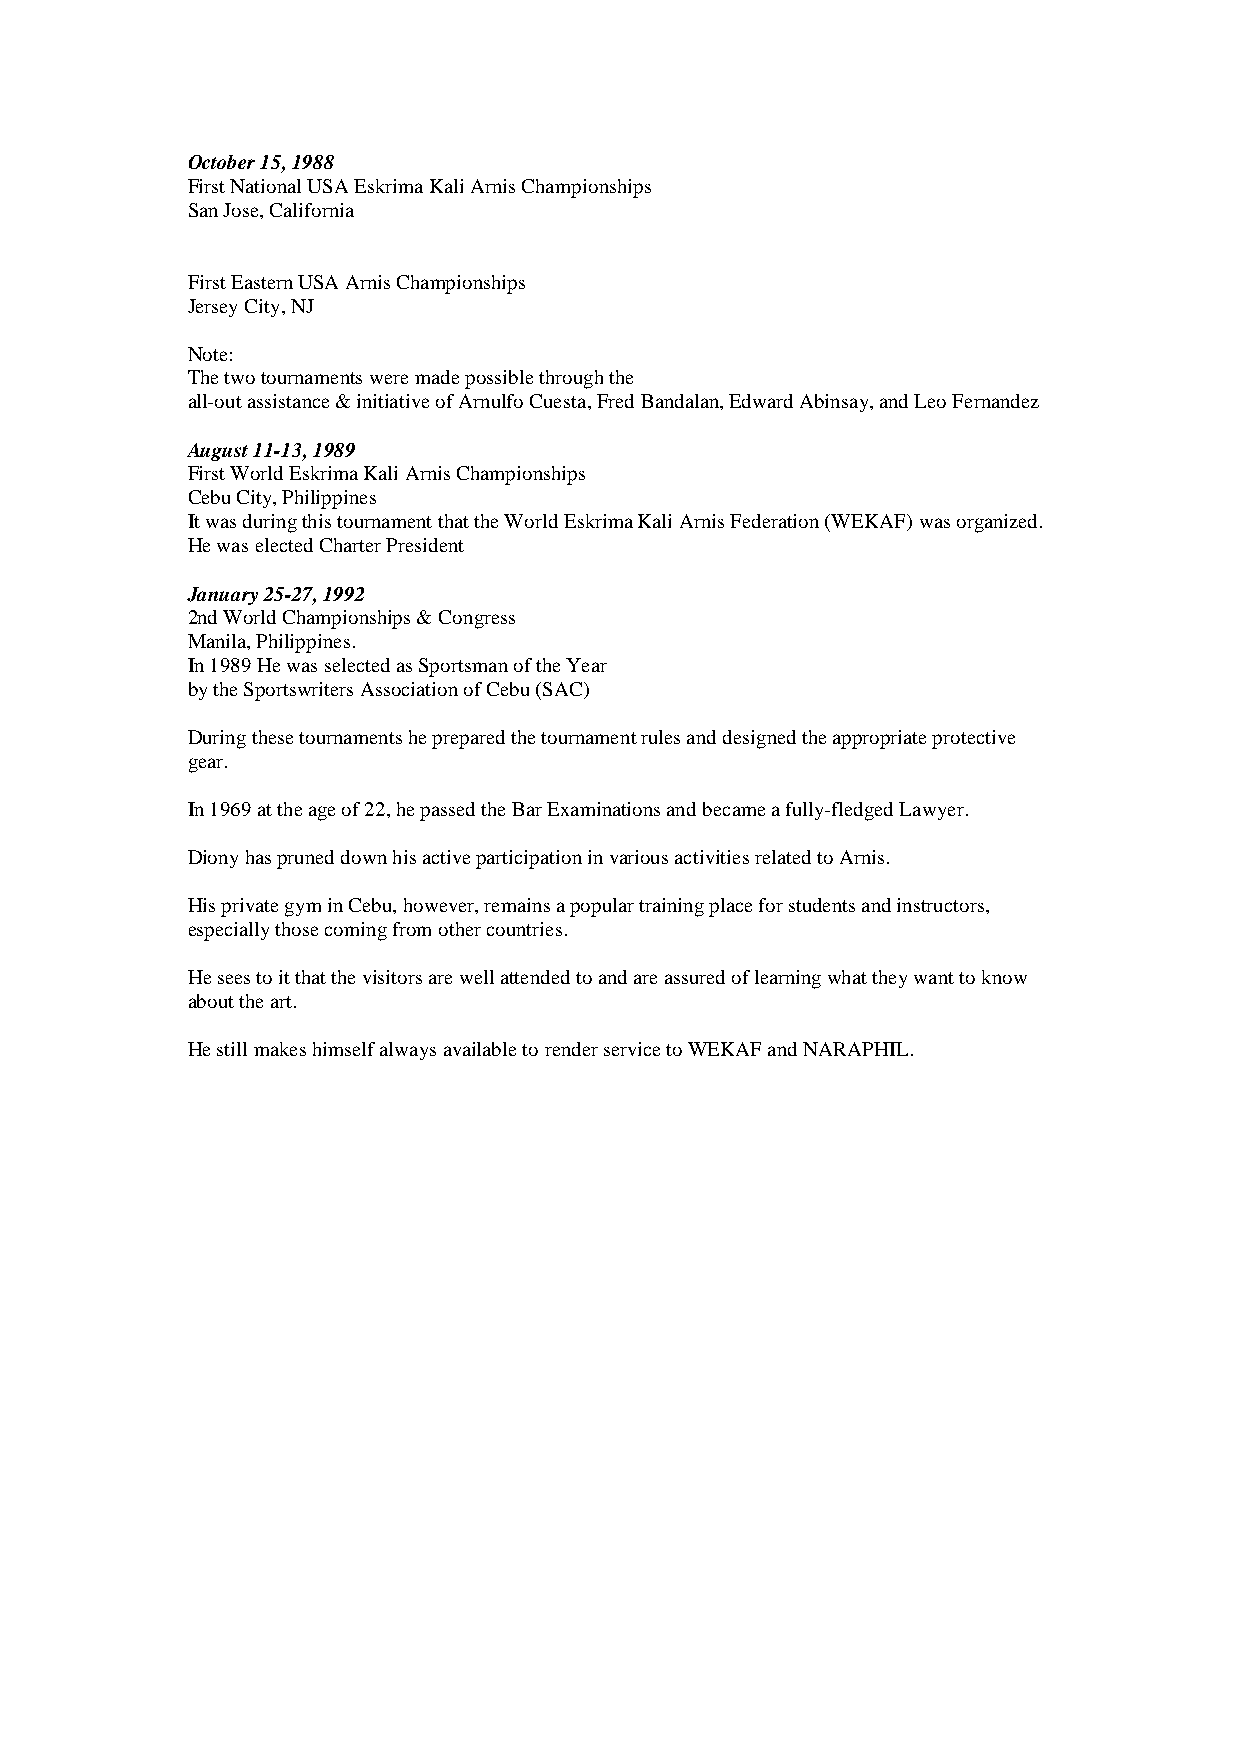
October 15, 1988
 First National USA Eskrima Kali Arnis Championships
 San Jose, California
 First Eastern USA Arnis Championships
 Jersey City, NJ
 Note:
 The two tournaments were made possible through the
 all-out assistance & initiative of Arnulfo Cuesta, Fred Bandalan, Edward Abinsay, and Leo Fernandez
 August 11-13, 1989
 First World Eskrima Kali Arnis Championships
 Cebu City, Philippines
 It was during this tournament that the World Eskrima Kali Arnis Federation (WEKAF) was organized.
 He was elected Charter President
 January 25-27, 1992
 2nd World Championships & Congress
 Manila, Philippines.
 In 1989 He was selected as Sportsman of the Year
 by the Sportswriters Association of Cebu (SAC)
 During these tournaments he prepared the tournament rules and designed the appropriate protective
 gear.
 In 1969 at the age of 22, he passed the Bar Examinations and became a fully-fledged Lawyer.
 Diony has pruned down his active participation in various activities related to Arnis.
 His private gym in Cebu, however, remains a popular training place for students and instructors,
 especially those coming from other countries.
 He sees to it that the visitors are well attended to and are assured of learning what they want to know
 about the art.
 He still makes himself always available to render service to WEKAF and NARAPHIL.